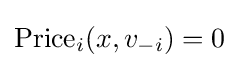
{\text{Price}}_{i}(x,v_{-i})=0